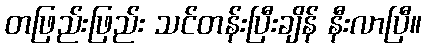
တဖြည်းဖြည်း သင်တန်းပြီးချိန် နီးလာပြီ။